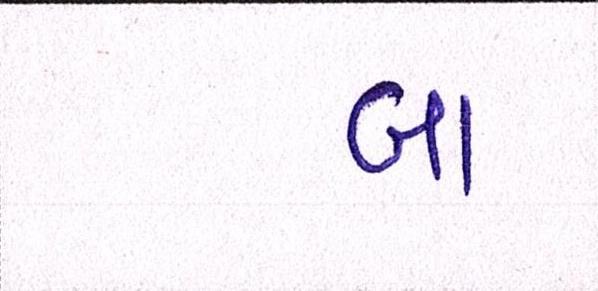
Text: બા